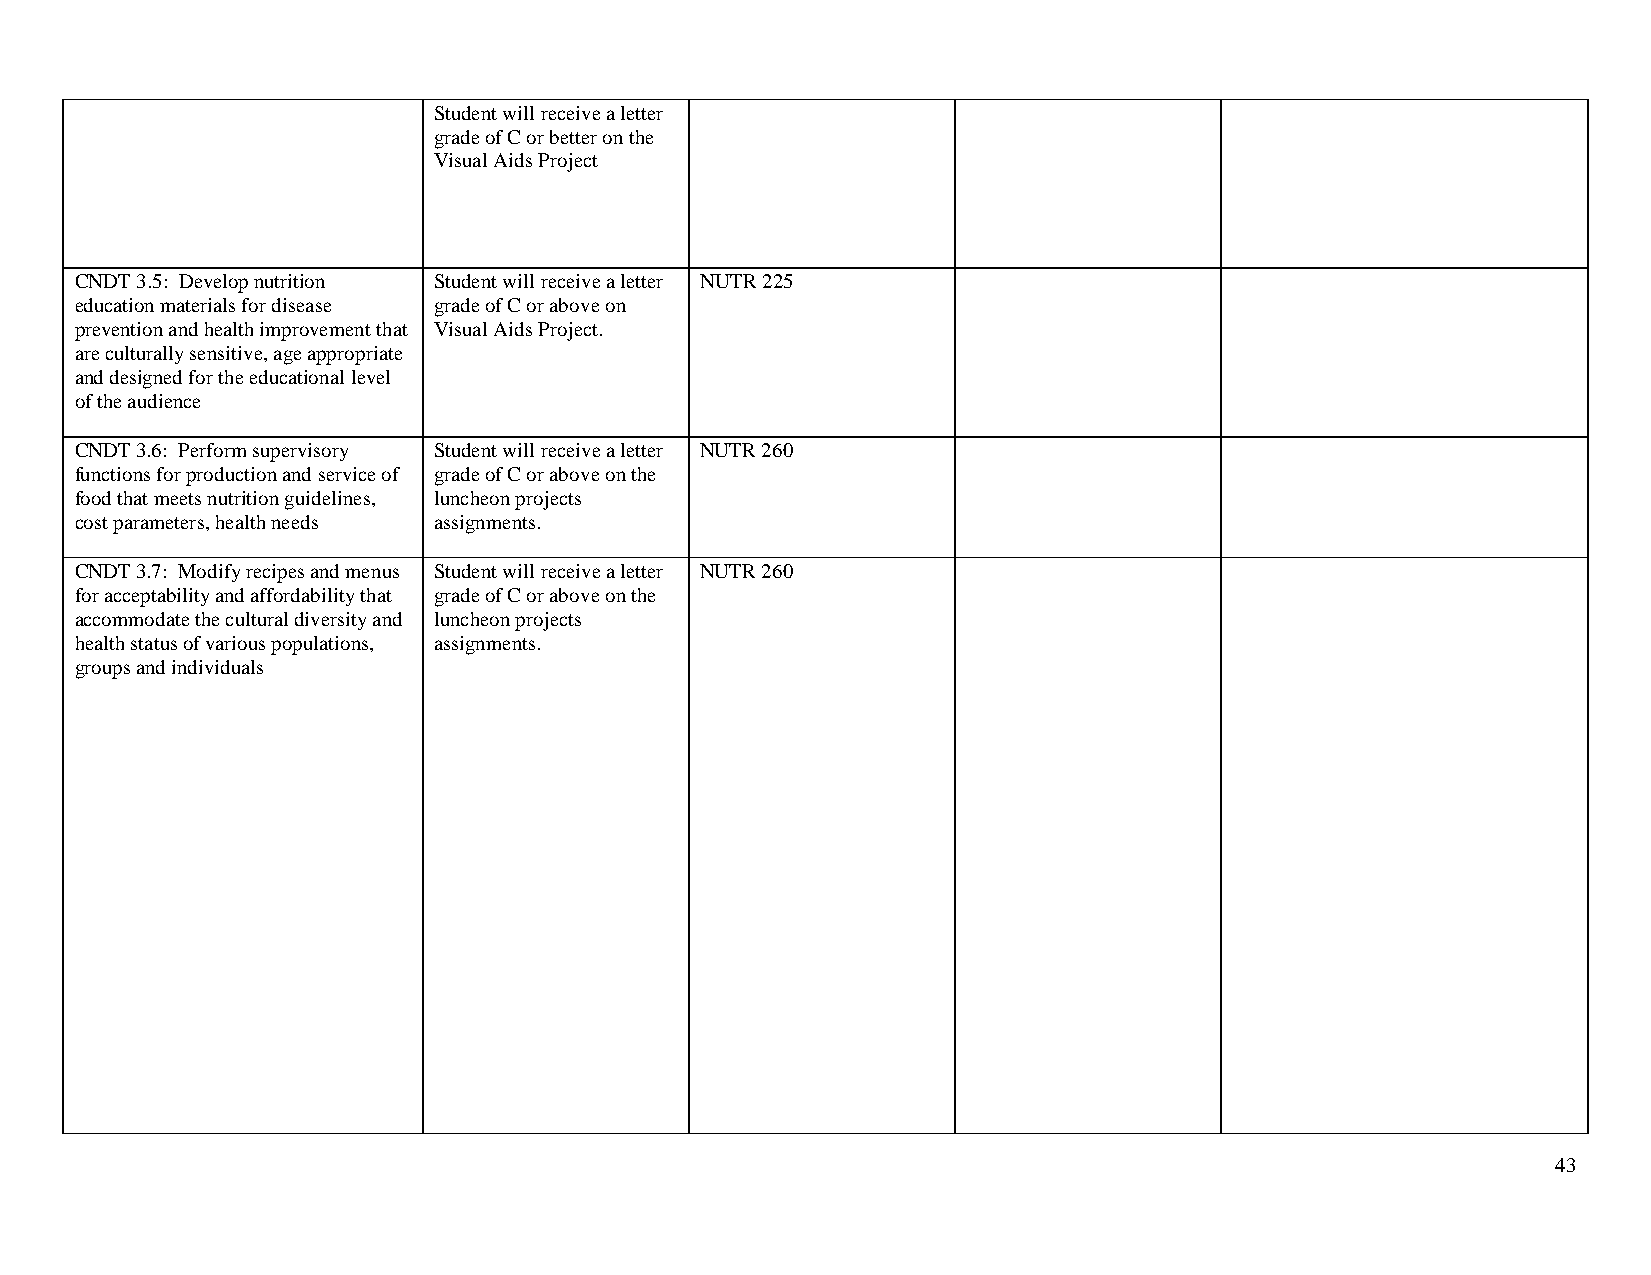
Student will receive a letter
 grade of C or better on the
 Visual Aids Project
 CNDT 3.5: Develop nutrition Student will receive a letter NUTR 225
 education materials for disease grade of C or above on
 prevention and health improvement that Visual Aids Project.
 are culturally sensitive, age appropriate
 and designed for the educational level
 of the audience
 CNDT 3.6: Perform supervisory Student will receive a letter NUTR 260
 functions for production and service of grade of C or above on the
 food that meets nutrition guidelines, luncheon projects
 cost parameters, health needs assignments.
 CNDT 3.7: Modify recipes and menus Student will receive a letter NUTR 260
 for acceptability and affordability that grade of C or above on the
 accommodate the cultural diversity and luncheon projects
 health status of various populations, assignments.
 groups and individuals
 43